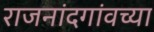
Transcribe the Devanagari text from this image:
राजनांदगांवच्या